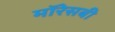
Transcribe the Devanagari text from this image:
मॉरेसबी